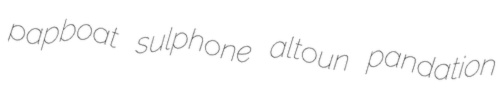
papboat sulphone altoun pandation